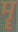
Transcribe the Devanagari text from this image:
मॄ